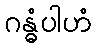
ဂန္ဓံပါဟံ